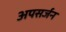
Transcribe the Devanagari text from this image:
अपसर्जन